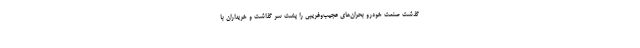
گذشت صنعت خودرو بحران‌های عجیب‌وغریبی را پشت سر گذاشت و خریداران با